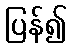
ပြန်၍